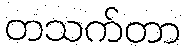
တသက်တာ